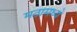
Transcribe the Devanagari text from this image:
मठामध्ये